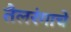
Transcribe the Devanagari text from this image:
तैलरंगाचे